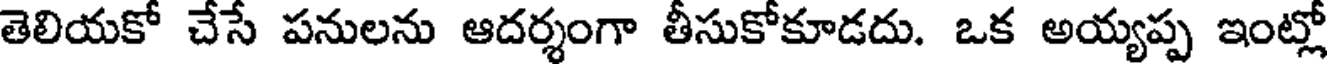
తెలియకో చేసే పనులను ఆదర్శంగా తీసుకోకూడదు. ఒక అయ్యప్ప ఇంట్లో